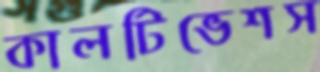
কালটিভেশস